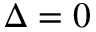
\Delta = 0